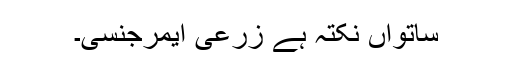
ساتواں نکتہ ہے زرعی ایمرجنسی۔